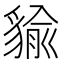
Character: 貐